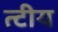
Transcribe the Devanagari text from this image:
त्टीय